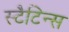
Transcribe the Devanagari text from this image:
स्टैटिन्स